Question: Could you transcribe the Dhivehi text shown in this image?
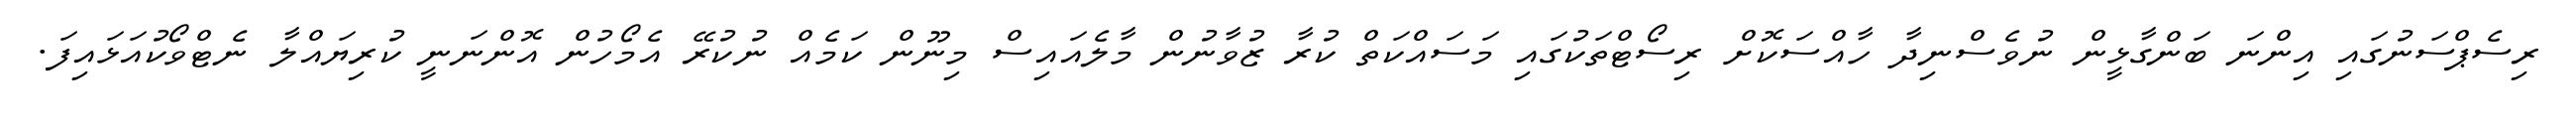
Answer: ރިސެޕްސަނުގައި އިންނަ ބަންގާޅީން ނުވެސްނިދާ ހާއްސަކޮށް ރިސޯޓްތަކުގައި މަސައްކަތް ކުރާ ޒުވާނުން މާލެއައިސް މިނޫން ކަމެއް ނުކުރޭ އެމޯހުން އޮންނަނީ ކުރިޔައްލާ ނެޓްވޯކުއަޅައިފަ.